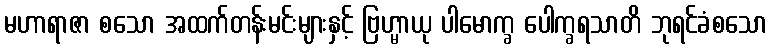
မဟာရာဇာ စသော အထက်တန်းမင်းများနှင့် ဗြဟ္မာယု ပါမောက္ခ ပေါက္ခရသာတိ ဘုရင်ခံစသော